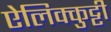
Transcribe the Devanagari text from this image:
ऐलिक्कुट्टी